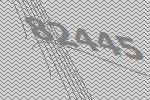
82445